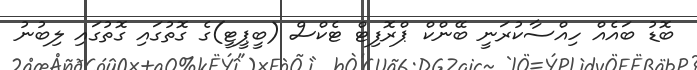
ބޮޑު ބައެއް ހިއްސާކުރަނީ ބޭންކް ޕްރޮފިޓް ޓެކްސް (ބީޕީޓީ)ގެ ގޮތުގައި ގޮތުގައި ލިބުނު